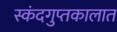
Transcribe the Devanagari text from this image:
स्कंदगुप्तकालात